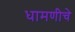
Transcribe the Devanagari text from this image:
धामणीचे